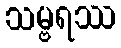
သမ္ဗရဿ